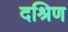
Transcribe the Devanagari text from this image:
दश्रिण